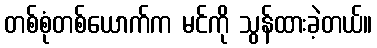
တစ်စုံတစ်ယောက်က မင်ကို သွန်ထားခဲ့တယ်။